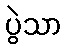
ပွဲသာ